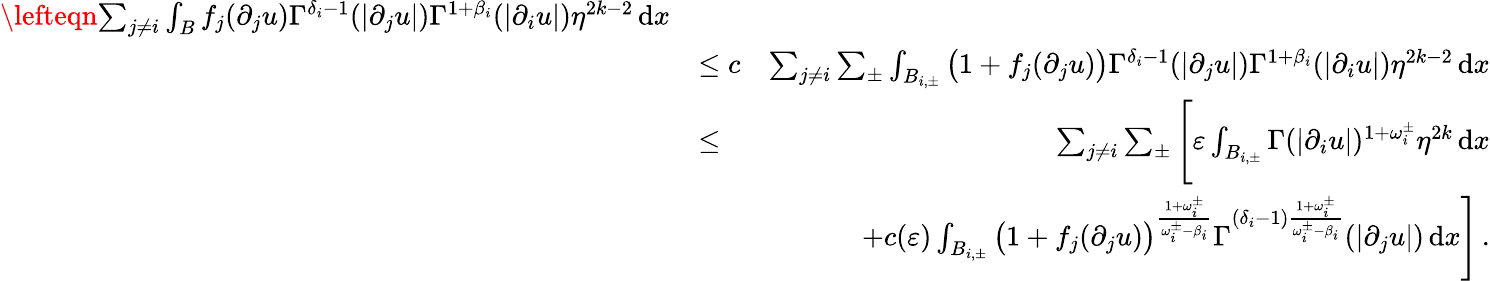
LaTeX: \begin{array}{rlr}{\lefteqn{\sum_{j\not=i}\int_{B}f_{j}(\partial_{j}u)\Gamma^{\delta_{i}-1}(|\partial_{j}u|)\Gamma^{1+\beta_{i}}(|\partial_{i}u|)\eta^{2k-2}\, \mathrm{d}x}}\\ &{\leq c}&{\sum_{j\not=i}\sum_{\pm}\int_{B_{i,\pm}}\big(1+f_{j}(\partial_{j}u)\big)\Gamma^{\delta_{i}-1}(|\partial_{j}u|)\Gamma^{1+\beta_{i}}(|\partial_{i}u|)\eta^{2k-2}\, \mathrm{d}x}\\ &{\leq}&{\sum_{j\not=i}\sum_{\pm}\Bigg[\varepsilon\int_{B_{i,\pm}}\Gamma(|\partial_{i}u|)^{1+\omega_{i}^{\pm}}\eta^{2k}\, \mathrm{d}x}\\ &{}&{+c(\varepsilon)\int_{B_{i,\pm}}\big(1+f_{j}(\partial_{j}u)\big)^{\frac{1+\omega_{i}^{\pm}}{\omega_{i}^{\pm}-\beta_{i}}}\Gamma^{(\delta_{i}-1)\frac{1+\omega_{i}^{\pm}}{\omega_{i}^{\pm}-\beta_{i}}}(|\partial_{j}u|)\, \mathrm{d}x\Bigg]\, .}\end{array}